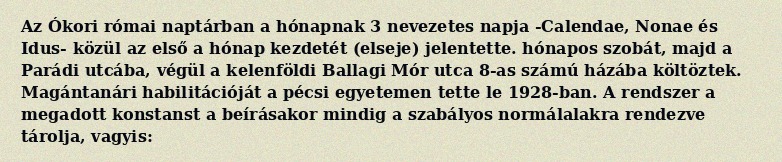
Az Ókori római naptárban a hónapnak 3 nevezetes napja -Calendae, Nonae és Idus- közül az első a hónap kezdetét (elseje) jelentette. hónapos szobát, majd a Parádi utcába, végül a kelenföldi Ballagi Mór utca 8-as számú házába költöztek. Magántanári habilitációját a pécsi egyetemen tette le 1928-ban. A rendszer a megadott konstanst a beírásakor mindig a szabályos normálalakra rendezve tárolja, vagyis: